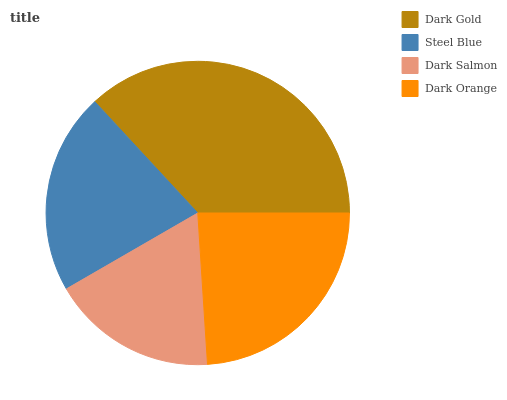
| Dark Gold | Steel Blue | Dark Salmon | Dark Orange |
 | --- | --- | --- | --- |
 | 36.9% | 21.5% | 17.6% | 24% |